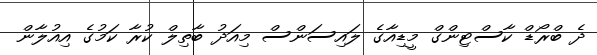
ދެ ބްރޯޑް ކާސްޓިންގް މީޑިއާގެ ލައިސަންސް މިއަދު ބާތިލް ކުރާ ކަމުގެ އިއުލާން